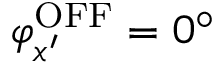
\varphi _ { x ^ { \prime } } ^ { \mathrm { { O F F } } } = 0 ^ { \circ }